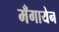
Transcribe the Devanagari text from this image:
मँगायेन